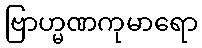
ဗြာဟ္မဏကုမာရော